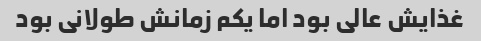
غذایش عالی بود اما یکم زمانش طولانی بود